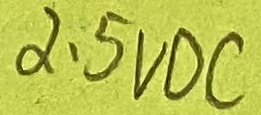
Text: 2.5VDC